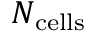
N _ { \mathrm { c e l l s } }